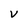
Character: V